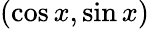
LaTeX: (\cos x,\sin x)